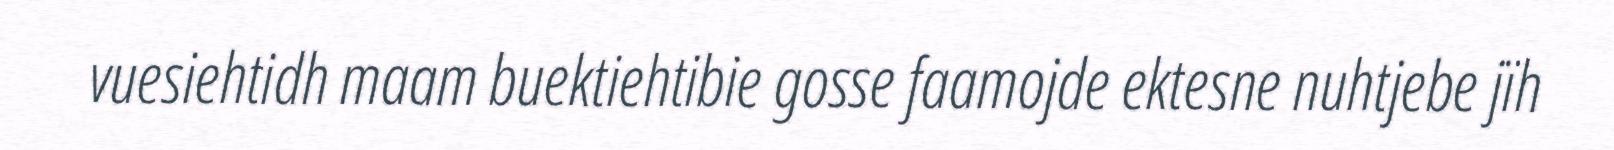
vuesiehtidh maam buektiehtibie gosse faamojde ektesne nuhtjebe jïh